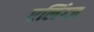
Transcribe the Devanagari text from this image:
एलिंग्ज़